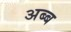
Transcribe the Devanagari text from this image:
अब्ब